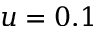
u = 0 . 1